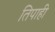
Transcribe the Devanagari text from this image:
तिपाही